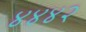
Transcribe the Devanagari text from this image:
४४४२